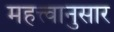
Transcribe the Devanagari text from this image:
महत्त्वानुसार